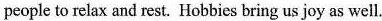
people to relax and rest. Hobbies bring us joy as well.